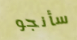
سأنجو